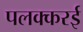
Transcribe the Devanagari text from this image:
पलक्करई